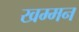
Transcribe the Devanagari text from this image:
खम्मन